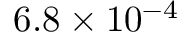
6 . 8 \times 1 0 ^ { - 4 }